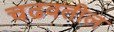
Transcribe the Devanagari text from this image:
चढवतील